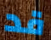
قد